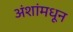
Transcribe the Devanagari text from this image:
अंशांमधून